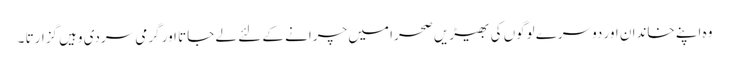
وہ اپنے خاندان اور دوسرے لوگوں کی بھیڑیں صحرا میں چرانے کے لئے لے جاتا اور گرمی سردی وہیں گزارتا ۔